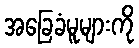
အခြေခံမူများကို